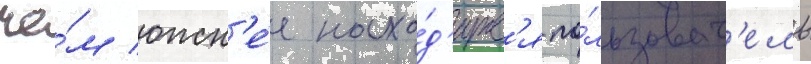
че́м южн'е́е нахо́д'итс'я по́льзоват'ель